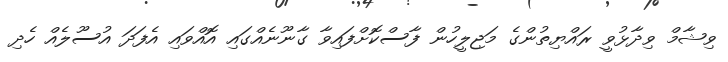
ވިޝާމް ވިދާޅުވީ ރައްޔިތުންގެ މަޖިލީހުން ފާސްކޮށްފައިވާ ގާނޫނެއްގައި އޮއްވައި އެފަދަ އުސޫލެއް ހެދި